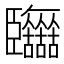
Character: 𦣷